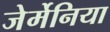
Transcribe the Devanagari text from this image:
जेर्मेनिया